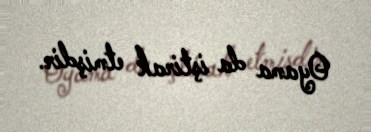
Oyama da iştirak etmişdir.